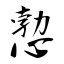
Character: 愂